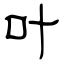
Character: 叶